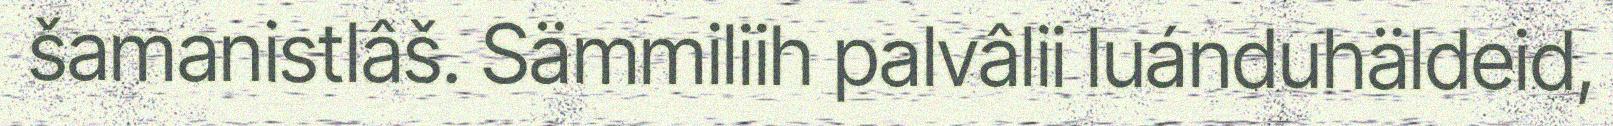
šamanistlâš. Sämmiliih palvâlii luánduhäldeid,